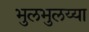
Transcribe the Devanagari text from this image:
भुलभुलय्या